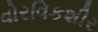
વોરવિકશીર